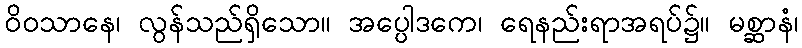
ဝိဝသာနေ၊ လွန်သည်ရှိသော။ အပ္ပေါဒကေ၊ ရေနည်းရာအရပ်၌။ မစ္ဆာနံ၊